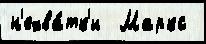
н'ехва́тк'и  Маркс